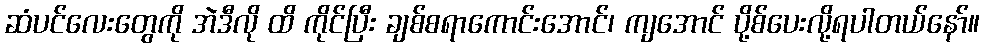
ဆံပင်လေးတွေကို အဲဒီလို ထိ ကိုင်ပြီး ချစ်စရာကောင်းအောင်၊ ကျအောင် ပို့စ်ပေးလို့ရပါတယ်နော်။